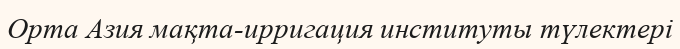
Орта Азия мақта-ирригация институты түлектері